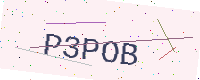
Text: P3POB